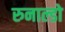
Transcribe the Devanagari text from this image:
रुनाल्डो